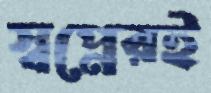
স্বপ্নেরই